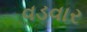
વડવાર